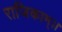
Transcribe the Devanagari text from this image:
राजिकाम्।।